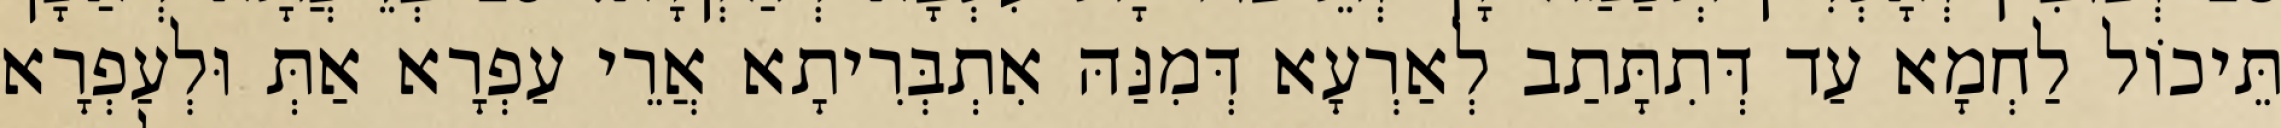
תֵּיכוֹל לַחְמָא עַד דְּתִתָּתַב לְאַרְעָא דְּמִנַּהּ אִתְבְּרִיתָא אֲרֵי עַפְרָא אַתְּ וּלְעַפְרָא